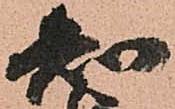
知